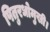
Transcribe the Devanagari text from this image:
पितुरधोमुखी।